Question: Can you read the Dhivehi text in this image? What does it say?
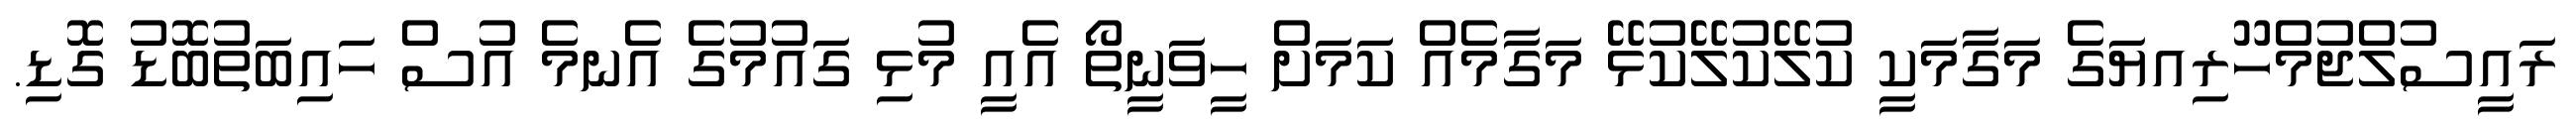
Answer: ރައީސުލްޖުމްހޫރިއޔަގެ މަގާމަކީ ކުލޭކުލޭކުޅޭ މަގާމެއް ކަމަށް ހީވަނީތޯ އެއީ މުޅި ގައުމުގެ އެނމެ އުސް ހައިބަތުބޮޑު ގޮޑި.